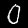
Label: 0